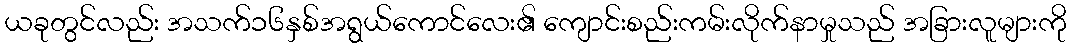
ယခုတွင်လည်း အသက်၁၆နှစ်အရွယ်ကောင်လေး၏ ကျောင်းစည်းကမ်းလိုက်နာမှုသည် အခြားလူများကို